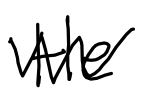
Text: He
Cross-out: zig-zag
Writing tool: digital_black